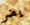
يضر